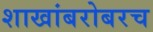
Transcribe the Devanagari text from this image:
शाखांबरोबरच